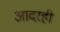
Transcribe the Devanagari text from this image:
आदरही